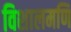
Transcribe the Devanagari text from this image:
विशालमणि